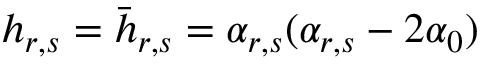
h _ { r , s } = \bar { h } _ { r , s } = \alpha _ { r , s } ( \alpha _ { r , s } - 2 \alpha _ { 0 } )